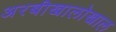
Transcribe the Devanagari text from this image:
अरबीखालोखाल